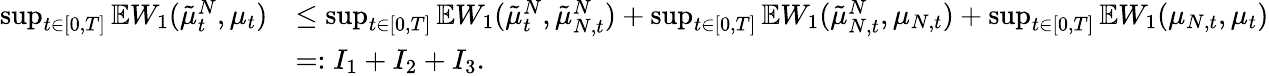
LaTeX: \begin{array}{rl}{\operatorname*{sup}_{t\in[0,T]}\mathbb{E}W_{1}(\tilde{\mu}_{t}^{N},\mu_{t})}&{\leq\operatorname*{sup}_{t\in[0,T]}\mathbb{E}W_{1}(\tilde{\mu}_{t}^{N},\tilde{\mu}_{N,t}^{N})+\operatorname*{sup}_{t\in[0,T]}\mathbb{E}W_{1}(\tilde{\mu}_{N,t}^{N},\mu_{N,t})+\operatorname*{sup}_{t\in[0,T]}\mathbb{E}W_{1}(\mu_{N,t},\mu_{t})}\\ &{=:I_{1}+I_{2}+I_{3}.}\end{array}